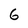
Character: 6